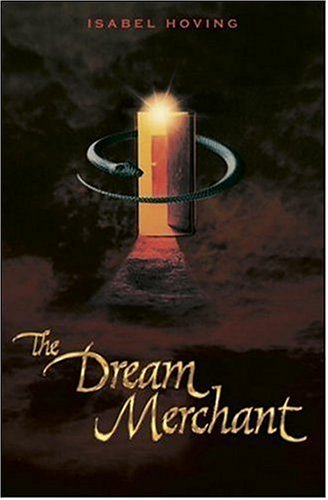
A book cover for The Dream Merchant (Works in Translation); Isabel Hoving; Teen & Young Adult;